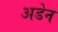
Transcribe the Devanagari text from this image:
अडेन